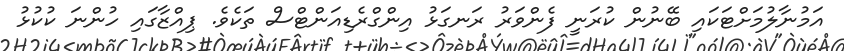
އަމުނާލުމަށްޓަކައި ބޭނުން ކުރަނީ ފެންވަރު ރަނގަޅު އިންގްރެޑިއަންޓްސް ތަކެވެ. ޕިއްޒާގައި ހުންނަ ކުކުޅު